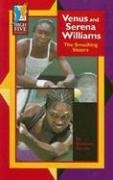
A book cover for Venus and Serena Williams: The Smashing Sisters (High Five Reading); Roxanne Dorrie; Children's Books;